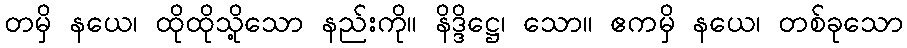
တမှိ နယေ၊ ထိုထိုသို့သော နည်းကို။ နိဒ္ဒိဋ္ဌေ၊ သော။ ဧကမှိ နယေ၊ တစ်ခုသော